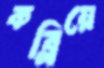
কব্‌লিয়ে